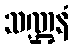
သဏ္ဌနံ